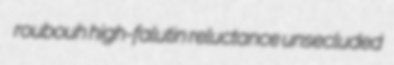
roubouh high-falutin reluctance unsecluded